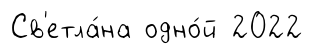
Св'етла́на одно́й 2022